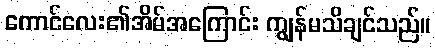
ကောင်လေး၏အိမ်အကြောင်း ကျွန်မသိချင်သည်။